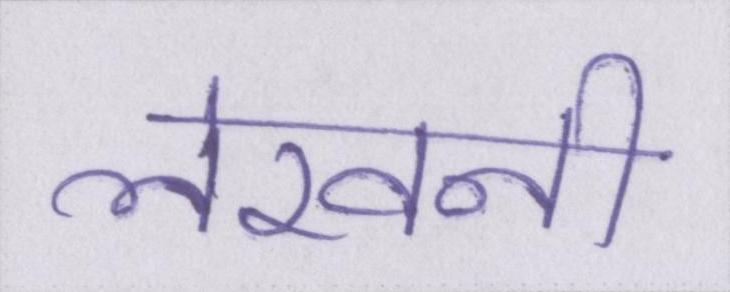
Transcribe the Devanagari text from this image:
लेखनी